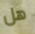
هل